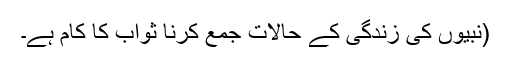
(نبیوں کی زندگی کے حالات جمع کرنا ثواب کا کام ہے۔